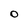
Character: O